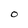
Character: O